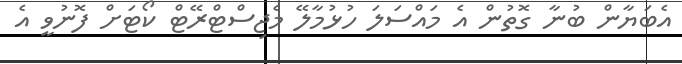
އެބަޔާން ބުނާ ގޮތުން އެ މައްސަލަ ހުޅުމާލޭ މެޖިސްޓްރޭޓް ކޯޓަށް ފޮނުވީ އެ